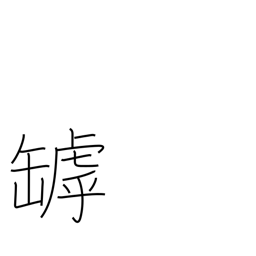
Meaning: crack